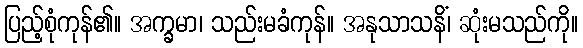
ပြည့်စုံကုန်၏။ အက္ခမာ၊ သည်းမခံကုန်။ အနုသာသနိံ၊ ဆုံးမသည်ကို။